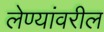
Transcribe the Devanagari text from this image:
लेण्यांवरील